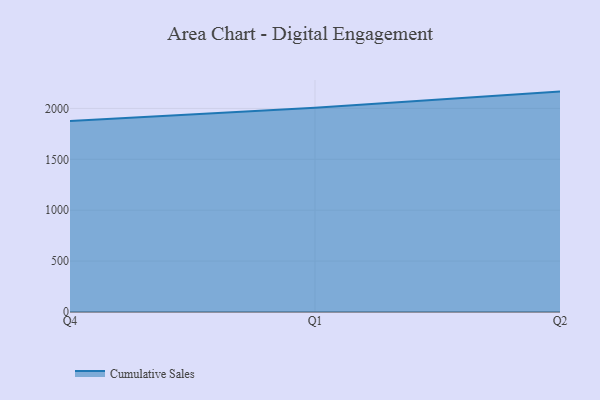
{"axis": {"x": "Quarter", "y": "Humidity (%)"}, "legend": ["Cumulative Sales"], "data": [{"x": "Q4", "y": 1876.8, "type": "Cumulative Sales"}, {"x": "Q1", "y": 2007.5, "type": "Cumulative Sales"}, {"x": "Q2", "y": 2165.1, "type": "Cumulative Sales"}]}